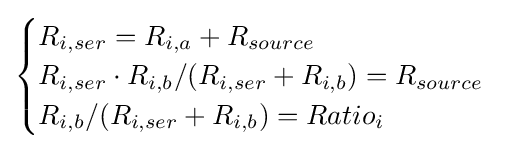
{\begin{cases}R_{i,ser}=R_{i,a}+R_{source}\\R_{i,ser}\cdot R_{i,b}/(R_{i,ser}+R_{i,b})=R_{source}\\R_{i,b}/(R_{i,ser}+R_{i,b})=Ratio_{i}\end{cases}}